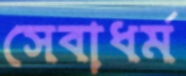
সেবাধর্ম